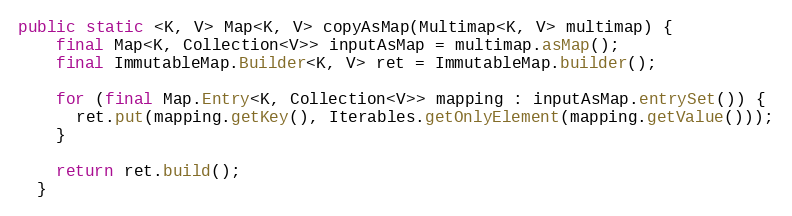
Language: Java
public static <K, V> Map<K, V> copyAsMap(Multimap<K, V> multimap) {
    final Map<K, Collection<V>> inputAsMap = multimap.asMap();
    final ImmutableMap.Builder<K, V> ret = ImmutableMap.builder();

    for (final Map.Entry<K, Collection<V>> mapping : inputAsMap.entrySet()) {
      ret.put(mapping.getKey(), Iterables.getOnlyElement(mapping.getValue()));
    }

    return ret.build();
  }